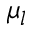
\mu _ { l }